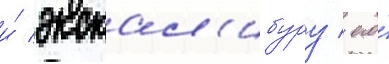
и́ экскал'ибуру / его́